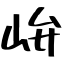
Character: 峅